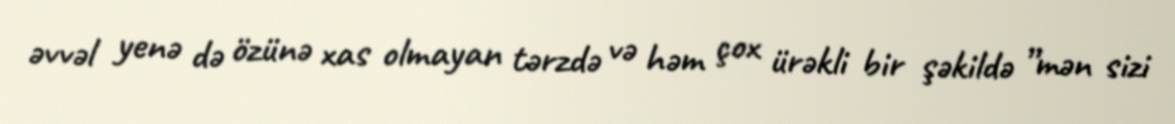
əvvəl yenə də özünə xas olmayan tərzdə və həm çox ürəkli bir şəkildə ”mən sizi